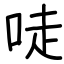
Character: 唗